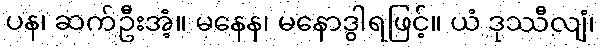
ပန၊ ဆက်ဦးအံ့။ မနေန၊ မနောဒွါရဖြင့်။ ယံ ဒုဿီလျံ၊